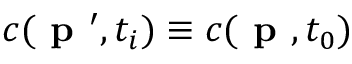
c ( \textbf { p } ^ { \prime } , t _ { i } ) \equiv c ( \textbf { p } , t _ { 0 } )